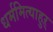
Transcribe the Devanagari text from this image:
धर्ममित्याहुऱ्